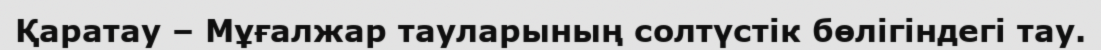
Қаратау – Мұғалжар тауларының солтүстік бөлігіндегі тау.